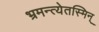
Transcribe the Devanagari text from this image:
भ्रमन्त्येतस्मिन्